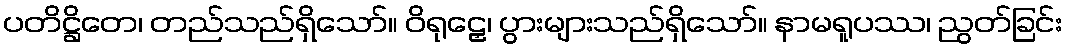
ပတိဋ္ဌိတေ၊ တည်သည်ရှိသော်။ ဝိရုဠှေ၊ ပွားများသည်ရှိသော်။ နာမရူပဿ၊ ညွတ်ခြင်း